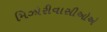
મિઝોરીવાસીઓએ